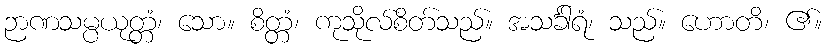
ဉာဏသမ္ပယုတ္တံ၊ သော။ စိတ္တံ၊ ကုသိုလ်စိတ်သည်။ အသင်္ခါရံ၊ သည်။ ဟောတိ၊ ၏။